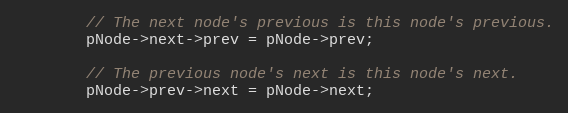
Language: C
        // The next node's previous is this node's previous.
        pNode->next->prev = pNode->prev;

        // The previous node's next is this node's next.
        pNode->prev->next = pNode->next;